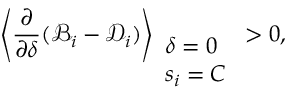
\left\langle \frac { \partial } { \partial \delta } ( \mathcal { B } _ { i } - \mathcal { D } _ { i } ) \right\rangle _ { \begin{array} { l } { \delta = 0 } \\ { s _ { i } = C } \end{array} } > 0 ,